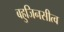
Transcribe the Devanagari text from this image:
बहुजिनसीत्व